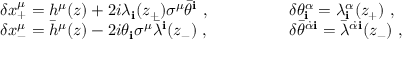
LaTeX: \begin{array} { l l } { { \delta x _ { + } ^ { \mu } = h ^ { \mu } ( z ) + 2 i \lambda _ { \mathbf i } ( z _ { + } ) \sigma ^ { \mu } \bar { \theta } ^ { \mathbf i } \ , \qquad \qquad } } & { { \delta \theta _ { \mathbf i } ^ { \alpha } = \lambda _ { \mathbf i } ^ { \alpha } ( z _ { + } ) \ , } } \\ { { \delta x _ { - } ^ { \mu } = { \bar { h } } ^ { \mu } ( z ) - 2 i \theta _ { \mathbf i } \sigma ^ { \mu } { \bar { \lambda } } ^ { \mathbf i } ( z _ { - } ) \ , \qquad \qquad } } & { { \delta \bar { \theta } ^ { { \dot { \alpha } } { \mathbf i } } = { \bar { \lambda } } ^ { { \dot { \alpha } } { \mathbf i } } ( z _ { - } ) \ , } } \end{array}